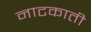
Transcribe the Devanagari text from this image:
नाटकाती